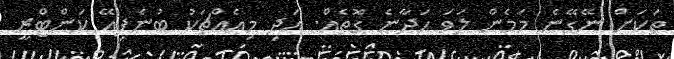
ތަކަށް ނޭގޭނެ މަމެން ލަވަ ހަދާނެ ގޮތެއް. އަދި މިއެއްޗަކު ބުނެފިއޭ ކަންޓްރީ